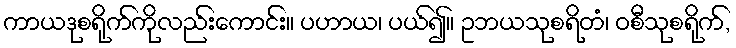
ကာယဒုစရိုက်ကိုလည်းကောင်း။ ပဟာယ၊ ပယ်၍။ ဥဘယသုစရိတံ၊ ဝစီသုစရိုက်,